Annual report on the Civil Veterinary Department, Burma (including the Insein Veterinary School) - 1932-1941
Year: 1932
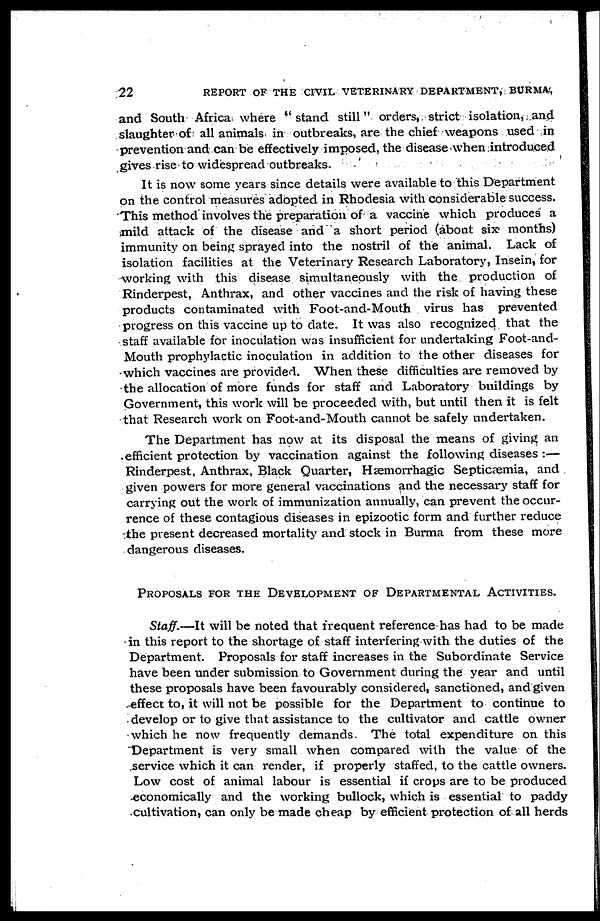
22
REPORT OF THE CIVIL VETERINARY DEPARTMENT, BURMA,
and South Africa where "stand still" orders, strict isolation, and
slaughter of all animals in outbreaks, are the chief weapons used in
prevention and can be effectively imposed, the disease when introduced
gives rise to widespread outbreaks.
It is now some years since details were available to this Department
on the control measures adopted in Rhodesia with considerable success.
This method involves the preparation of a vaccine which produces a
mild attack of the disease and a short period (about six months)
immunity on being sprayed into the nostril of the animal. Lack of
isolation facilities at the Veterinary Research Laboratory, Insein, for
working with this disease simultaneously with the production of
Rinderpest, Anthrax, and other vaccines and the risk of having these
products contaminated with Foot-and-Mouth virus has prevented
progress on this vaccine up to date. It was also recognized that the
staff available for inoculation was insufficient for undertaking Foot-and-
Mouth prophylactic inoculation in addition to the other diseases for
which vaccines are provided. When these difficulties are removed by
the allocation of more funds for staff and Laboratory buildings by
Government, this work will be proceeded with, but until then it is felt
that Research work on Foot-and-Mouth cannot be safely undertaken.
The Department has now at its disposal the means of giving an
efficient protection by vaccination against the following diseases :—
Rinderpest, Anthrax, Black Quarter, Hæmorrhagic Septicæmia, and
given powers for more general vaccinations and the necessary staff for
carrying out the work of immunization annually, can prevent the occur-
rence of these contagious diseases in epizootic form and further reduce
the present decreased mortality and stock in Burma from these more
dangerous diseases.
PROPOSALS FOR THE DEVELOPMENT OF DEPARTMENTAL ACTIVITIES.
Staff.—It will be noted that frequent reference has had to be made
in this report to the shortage of staff interfering with the duties of the
Department. Proposals for staff increases in the Subordinate Service
have been under submission to Government during the year and until
these proposals have been favourably considered, sanctioned, and given
effect to, it will not be possible for the Department to continue to
develop or to give that assistance to the cultivator and cattle owner
which he now frequently demands. The total expenditure on this
Department is very small when compared with the value of the
service which it can render, if properly staffed, to the cattle owners.
Low cost of animal labour is essential if crops are to be produced
economically and the working bullock, which is essential to paddy
cultivation, can only be made cheap by efficient protection of all herds